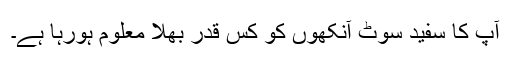
آپ کا سفید سُوٹ آنکھوں کو کس قدر بھلا معلوم ہورہا ہے۔